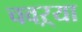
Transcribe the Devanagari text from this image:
चवऱ्या